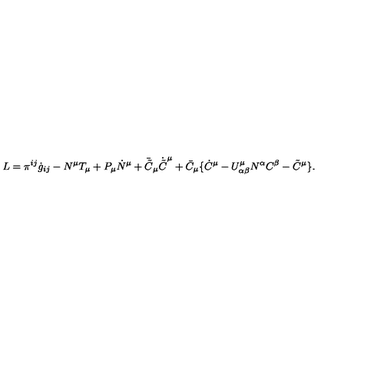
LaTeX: L = \pi ^ { i j } \dot { g } _ { i j } - N ^ { \mu } T _ { \mu } + P _ { \mu } \dot { N } ^ { \mu } + \bar { \tilde { C } } _ { \mu } \dot { \tilde { C } } ^ { \mu } + \bar { C } _ { \mu } \{ \dot { C } ^ { \mu } - U _ { \alpha \beta } ^ { \mu } N ^ { \alpha } C ^ { \beta } - \tilde { C } ^ { \mu } \} .